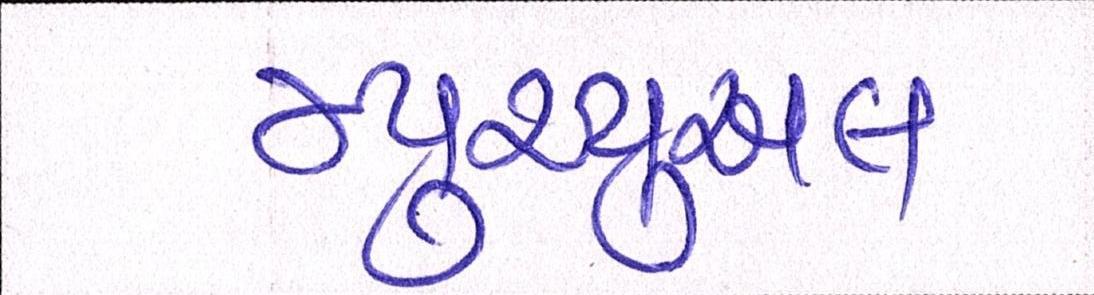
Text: મ્યુચ્યુઅલ